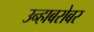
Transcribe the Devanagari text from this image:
उन्हाबरोबर